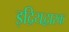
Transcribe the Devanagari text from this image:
इद्रियद्वारक